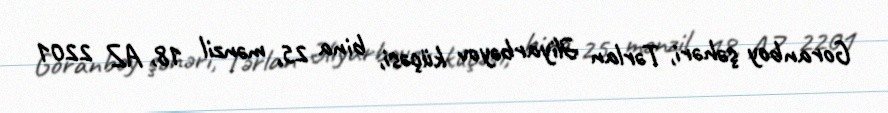
Goranboy şəhəri, Tərlan Əliyarbəyov küçəsi, bina 25, mənzil 18, AZ 2201